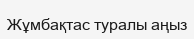
Жұмбақтас туралы аңыз